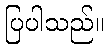
ပြပါသည်။